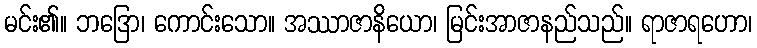
မင်း၏။ ဘဒြော၊ ကောင်းသော။ အဿာဇာနိယော၊ မြင်းအာဇာနည်သည်။ ရာဇာရဟော၊